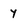
Character: y